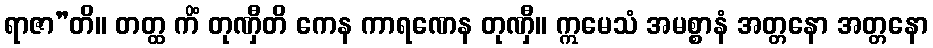
ရာဇာ”တိ။ တတ္ထ ကိံ တုဏှီတိ ကေန ကာရဏေန တုဏှီ။ ဣမေသံ အမစ္စာနံ အတ္တနော အတ္တနော